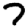
Digit: 7